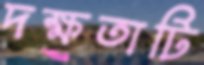
দক্ষতাটি